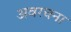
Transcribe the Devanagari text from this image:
अवरचना